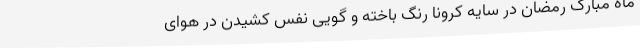
ماه مبارک رمضان در سایه کرونا رنگ باخته و گویی نفس کشیدن در هوای